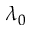
\lambda _ { 0 }